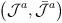
LaTeX: \begin{align*}\left(\mathcal{J}^{a},\bar{\mathcal{J}}^{a}\right)\,\end{align*}